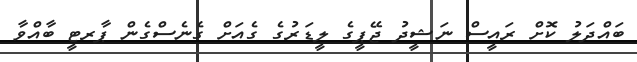
ބައްދަލު ކޮށް ރައީސް ނަޝީދު ޖޭޕީގެ ލީޑަރުގެ ގެއަށް ގެނެސްގެން ޕާރޓީ ބާއްވާ